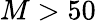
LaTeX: M>50